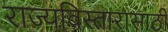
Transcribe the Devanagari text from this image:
राज्यविस्तारासाठी